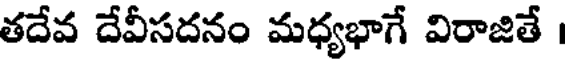
తదేవ దేవీసదనం మధ్యభాగే విరాజితే ।